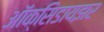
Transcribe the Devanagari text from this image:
ऑक्‍सिडायझर